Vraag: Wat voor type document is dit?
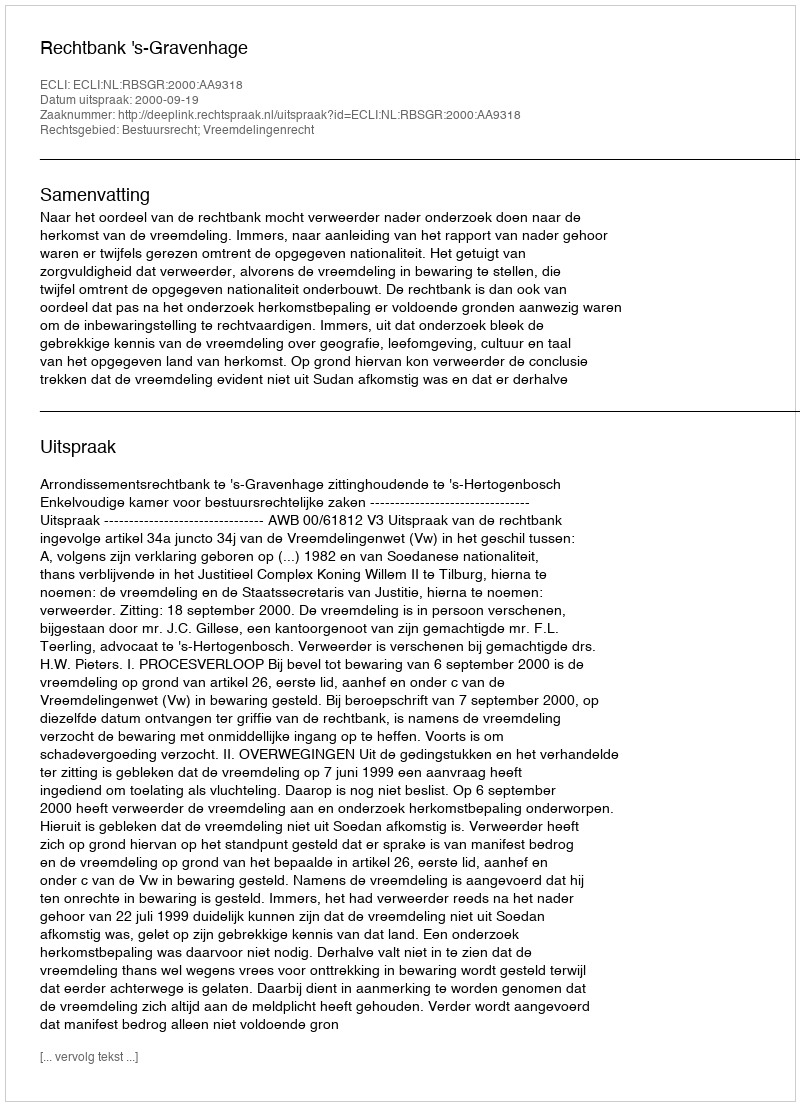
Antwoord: Uitspraak